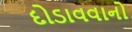
દોડાવવાનો